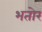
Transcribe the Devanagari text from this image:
भतोर